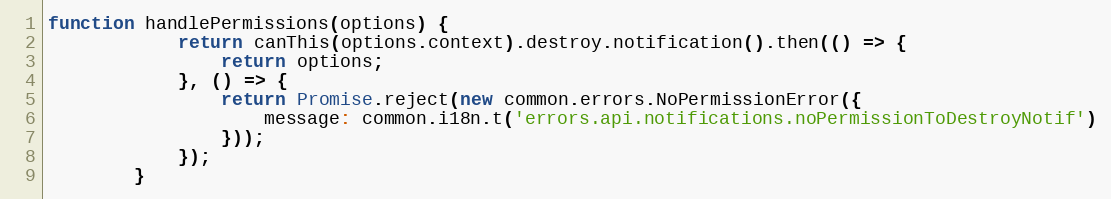
Language: JavaScript
function handlePermissions(options) {
            return canThis(options.context).destroy.notification().then(() => {
                return options;
            }, () => {
                return Promise.reject(new common.errors.NoPermissionError({
                    message: common.i18n.t('errors.api.notifications.noPermissionToDestroyNotif')
                }));
            });
        }